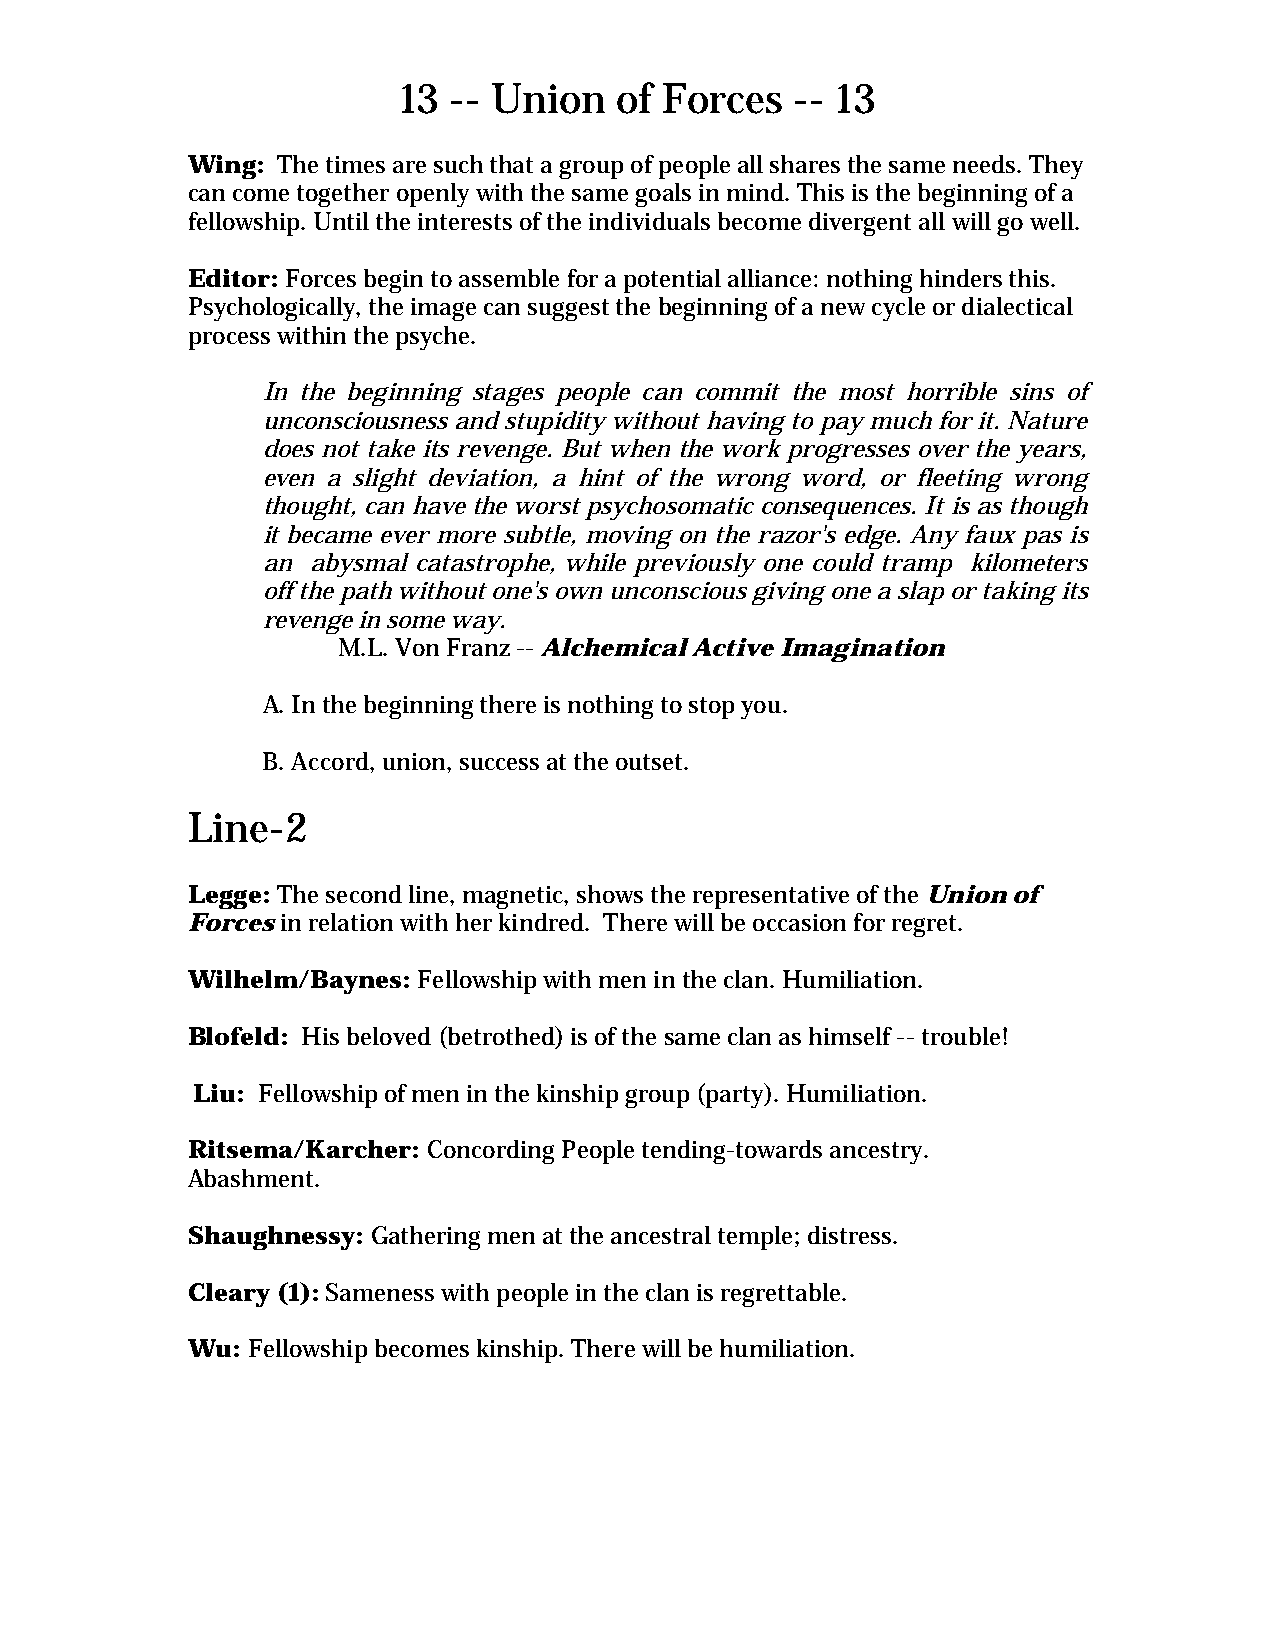
13  -- Union   of Forces   -- 13
 Wing: The times are such that a group of people all shares the same needs. They
 can come together openly with the same goals in mind. This is the beginning of a
 fellowship. Until the interests of the individuals become divergent all will go well.
 Editor: Forces begin to assemble for a potential alliance: nothing hinders this.
 Psychologically, the image can suggest the beginning of a new cycle or dialectical
 process within the psyche.
 In the beginning stages people can commit the most horrible sins of
 unconsciousness and stupidity without having to pay much for it. Nature
 does not take its revenge. But when the work progresses over the years,
 even a slight deviation, a hint of the wrong word, or fleeting wrong
 thought, can have the worst psychosomatic consequences. It is as though
 it became ever more subtle, moving on the razor's edge. Any faux pas is
 an  abysmal catastrophe, while previously one could tramp kilometers
 off the path without one's own unconscious giving one a slap or taking its
 revenge in some way.
 M.L. Von Franz -- Alchemical Active Imagination
 A. In the beginning there is nothing to stop you.
 B. Accord, union, success at the outset.
 Line-2
 Legge: The second line, magnetic, shows the representative of the Union of
 Forces in relation with her kindred. There will be occasion for regret.
 Wilhelm/Baynes: Fellowship with men in the clan. Humiliation.
 Blofeld: His beloved (betrothed) is of the same clan as himself -- trouble!
 Liu: Fellowship of men in the kinship group (party). Humiliation.
 Ritsema/Karcher: Concording People tending-towards ancestry.
 Abashment.
 Shaughnessy: Gathering men at the ancestral temple; distress.
 Cleary (1): Sameness with people in the clan is regrettable.
 Wu: Fellowship becomes kinship. There will be humiliation.